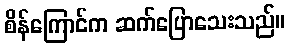
စိန်ကြောင်က ဆက်ပြောသေးသည်။